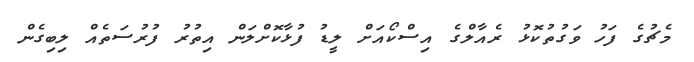
މެޗުގެ ފަހު ވަގުތުކޮޅު ރެއާލްގެ އިސްކޯއަށް ލީޑު ފުޅާކޮށްލަން އިތުރު ފުރުސަތެއް ލިބިގެން